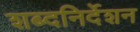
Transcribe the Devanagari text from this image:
शब्दनिर्देशन